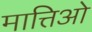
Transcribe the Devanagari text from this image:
मात्तिओ